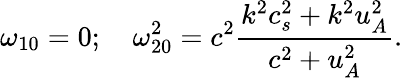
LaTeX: \omega_{10}=0;\quad\omega_{20}^{2}=c^{2}\frac{k^{2}c_{s}^{2}+k^{2}u_{A}^{2}}{c^{2}+u_{A}^{2}}.